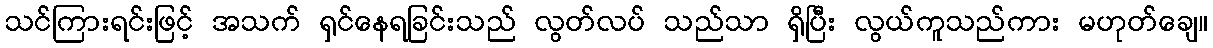
သင်ကြားရင်းဖြင့် အသက် ရှင်နေရခြင်းသည် လွတ်လပ် သည်သာ ရှိပြီး လွယ်ကူသည်ကား မဟုတ်ချေ။